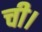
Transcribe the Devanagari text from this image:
ची।